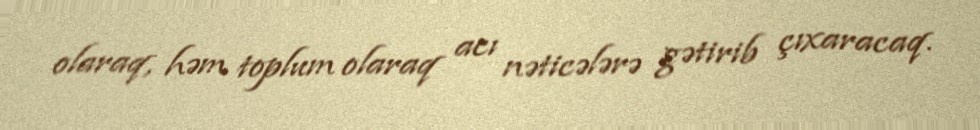
olaraq, həm toplum olaraq acı nəticələrə gətirib çıxaracaq.